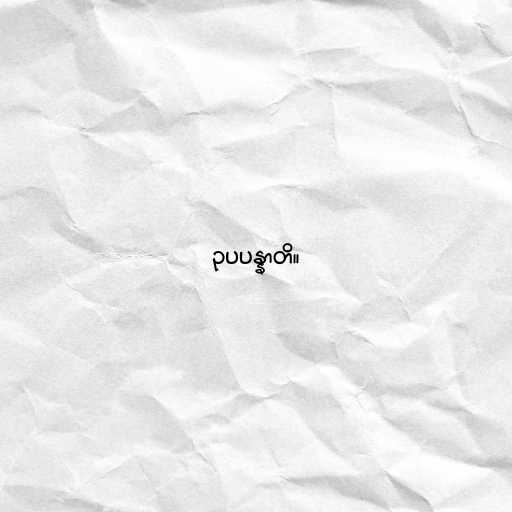
ဥပပန္နာတိ။